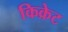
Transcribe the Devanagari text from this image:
किक्रेट